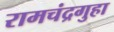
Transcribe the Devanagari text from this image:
रामचंद्रगुहा